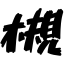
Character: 槻